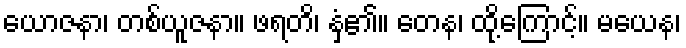
ယောဇနာ၊ တစ်ယူဇနာ။ ဖရတိ၊ နှံ့၏။ တေန၊ ထို့ကြောင့်။ မယေန၊